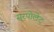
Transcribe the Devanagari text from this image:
सरपोलेट